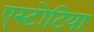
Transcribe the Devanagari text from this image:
एस्टोटिया